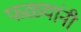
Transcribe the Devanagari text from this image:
फळ्यांनी